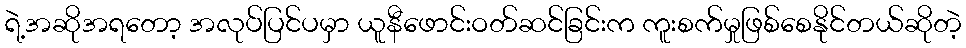
ရဲ့အဆိုအရတော့ အလုပ်ပြင်ပမှာ ယူနီဖောင်းဝတ်ဆင်ခြင်းက ကူးစက်မှုဖြစ်စေနိုင်တယ်ဆိုတဲ့